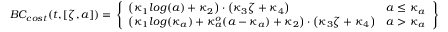
B C _ { c o s t } ( t , [ \zeta , a ] ) = \left. \left\{ \begin{array} { l l } { \big ( \kappa _ { 1 } l o g ( a ) + \kappa _ { 2 } \big ) \cdot \big ( \kappa _ { 3 } \zeta + \kappa _ { 4 } \big ) } & { a \leq \kappa _ { a } } \\ { \big ( \kappa _ { 1 } l o g ( \kappa _ { a } ) + \kappa _ { a } ^ { o } ( a - \kappa _ { a } ) + \kappa _ { 2 } \big ) \cdot \big ( \kappa _ { 3 } \zeta + \kappa _ { 4 } \big ) } & { a > \kappa _ { a } } \end{array} \right. \right\}